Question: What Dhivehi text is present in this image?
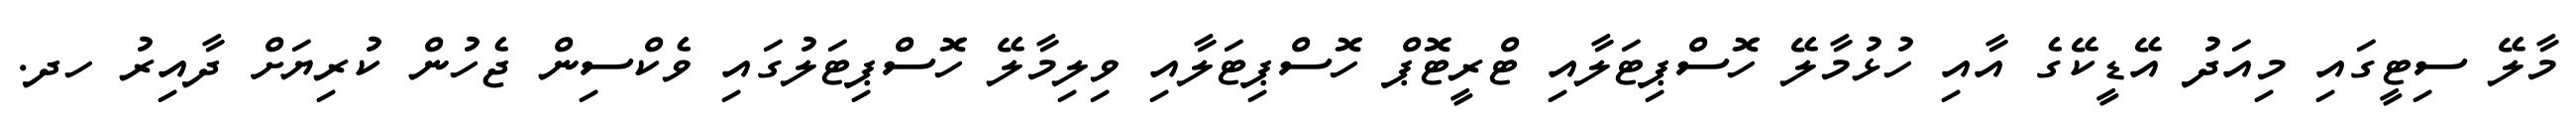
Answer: މާލޭ ސިޓީގައި މިއަދު އޭޑީކޭގެ އާއި ހުޅުމާލޭ ހޮސްޕިޓަލާއި ޓްރީޓޮޕް ހޮސްޕިޓަލާއި ވިލިމާލޭ ހޮސްޕިޓަލުގައި ވެކްސިން ޖެހުން ކުރިޔަށް ދާއިރު ހދ.